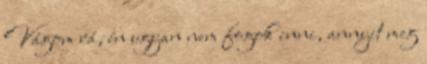
Vágom rá, én ugyan nem fogok inni, annyit meg